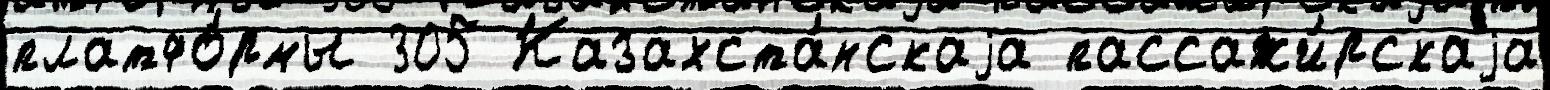
платфо́рмы 305 Казахста́нскаjа пассажи́рскаjа